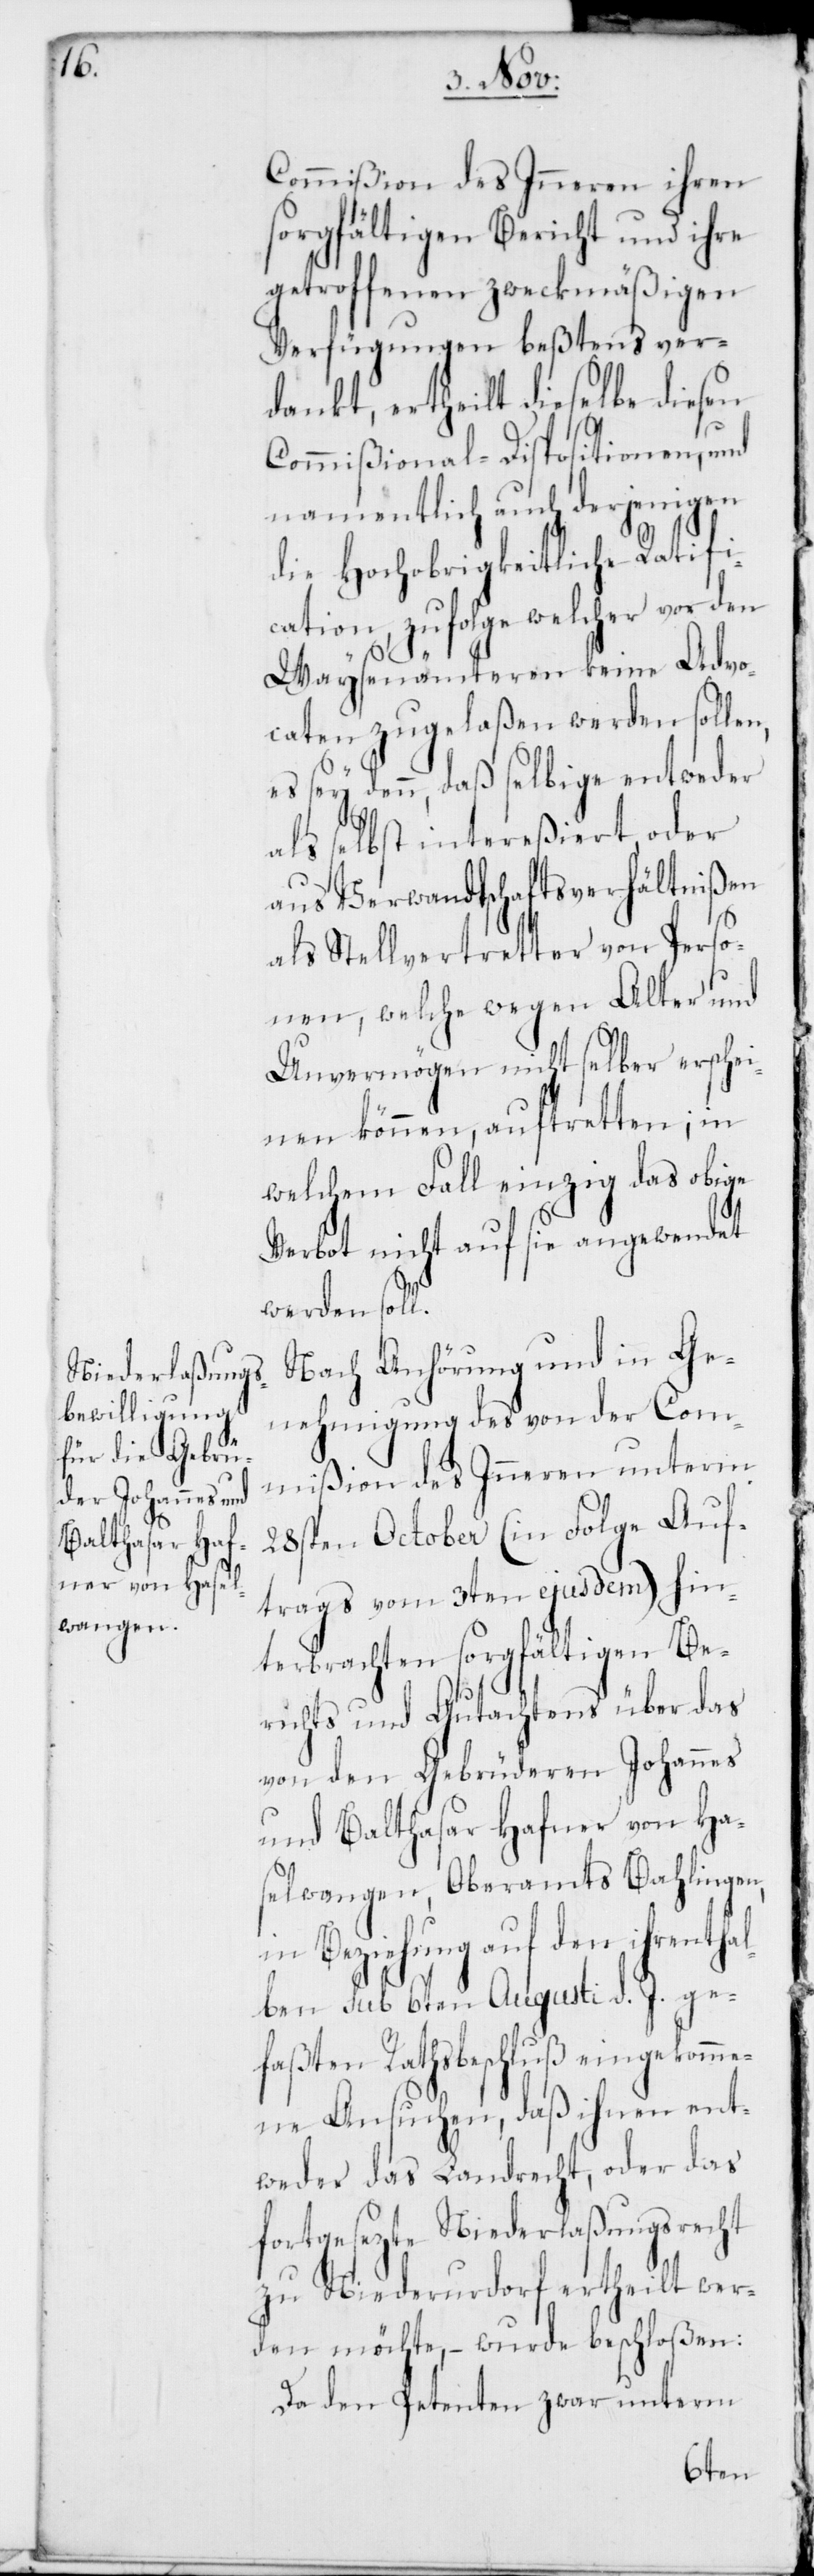
Commißion des Inneren ihren
sorgfältigen Bericht und ihre
getroffenen zweckmäßigen
Verfügungen beßtens ver¬
dankt, ertheilt dieselbe diesen
Commißional-Dispositionen, und
namentlich auch derjenigen
die Hochobrigkeitliche Ratifi¬
cation, zufolge welcher vor den
Waysenämteren keine Advo¬
caten zugelaßen werden sollen,
es sey denn, daß selbige entweder
als selbst intereßiert oder
aus Verwandtschaftsverhältnißen
als Stellvertreter von Perso¬
nen, welche wegen Alter und
Unvermögen nicht selber erschei¬
nen können, auftretten; in
welchem Fall einzig das obige
Verbot nicht auf sie angewendet
werden soll.
Nach Anhörung und in Ge¬
nehmigung des von der Com¬
mißion des Inneren unterm
28sten October (in Folge Auf¬
trags vom 3ten ejusdem) hin¬
terbrachten sorgfältigen Be¬
richts und Gutachtens über das
von den Gebrüderen Johannes
und Balthasar Hafner von Ha¬
selwangen, Oberamts Bahlingen,
in Beziehung auf den ihrenthal¬
ben sub 6ten Augusti d. J. ge¬
faßten Rathsbeschluß eingekomme¬
ne Ansuchen, daß ihnen ent¬
weder das Landrecht, oder das
fortgesezte Niederlaßungsrecht
zu Niederurdorf ertheilt wer¬
den möchte, – wurde beschloßen:
Da den Petenten zwar unterm